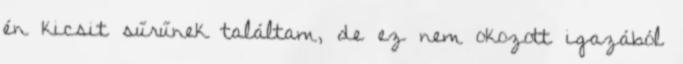
én kicsit sűrűnek találtam, de ez nem okozott igazából